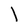
Character: l